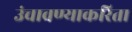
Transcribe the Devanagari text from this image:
उंचावण्याकरिता